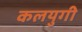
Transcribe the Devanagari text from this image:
कलयुगी